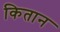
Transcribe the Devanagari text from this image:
कितान